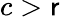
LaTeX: c>\mathsf{r}